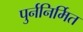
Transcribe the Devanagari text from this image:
पुर्ननिर्मित